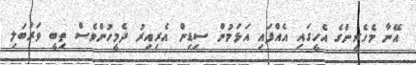
އޭނާ މެހެރީންގެ އެހީގައި އެއްފައި އަޅަމުން ސިޑިން އެރިއިރު ދެމީހުންވެސް ތިބީ ވަރުބަލި